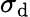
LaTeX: \sigma_{\mathrm{d}}